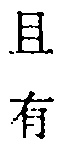
且 有